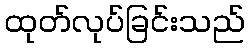
ထုတ်လုပ်ခြင်းသည်